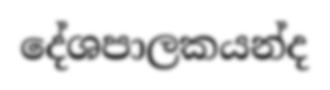
දේශපාලකයන්ද